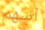
اسهم